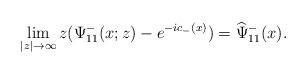
LaTeX: \begin{align*}\lim _{|z| \rightarrow \infty}z(\Psi^-_{11}(x;z)-e^{-ic_-(x)})=\widehat{\Psi}^-_{11}(x).\end{align*}